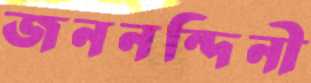
জননন্দিনী